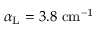
\alpha _ { \mathrm { L } } = 3 . 8 ~ \mathrm { c m ^ { - 1 } }